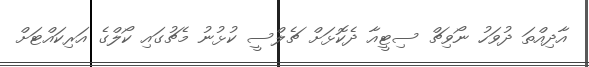
އާދިއްތަ ދުވަހު ނޯވިޗް ސިޓީއާ ދެކޮޅަށް ޗެލްސީ ކުޅުނު މެޗުގައި ކޯލްގެ އަރިކައްޓަށް